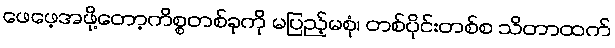
ဖေဖေ့အဖို့တော့ကိစ္စတစ်ခုကို မပြည့်မစုံ၊ တစ်ပိုင်းတစ်စ သိတာထက်